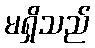
မရှိသည်